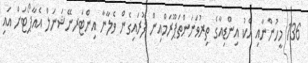
136 މީހުންނާއި އެކު އިންޑިއާގެ ތިރުވަނަންތަޕޫރަމްއިން ފުރައިގެން ވެލާނާ އިންޓަރނޭޝަނަލް އެއާޕޯޓަށް އައި